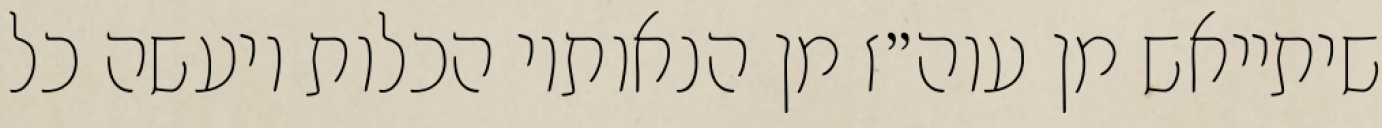
שיתייאש מן עוה״ז מן הנאותיו הכלות ויעשה כל